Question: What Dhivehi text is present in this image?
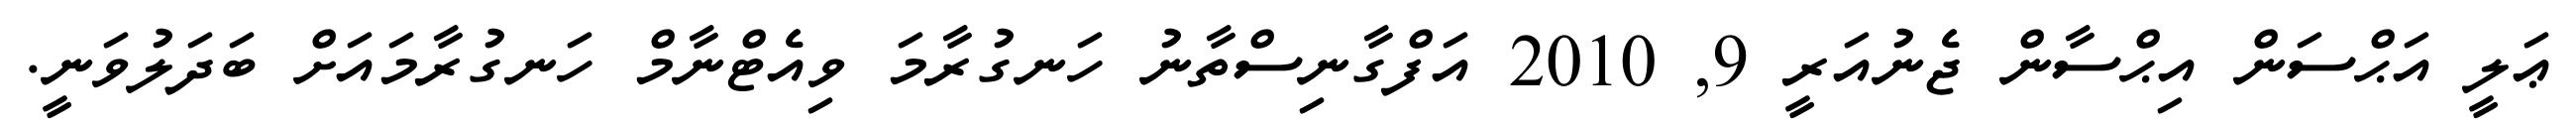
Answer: ޢަލީ އަޙްސަން އިޙްސާން ޖެނުއަރީ 9, 2010 އަފްގާނިސްތާނު ހަނގުރާމަ ވިއެޓްނާމް ހަނގުރާމައަށް ބަދަލުވަނީ.